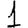
Digit: 1